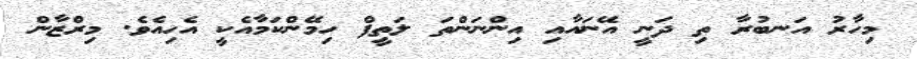
މިހާރު އަނބުރާ ތި ދަނީ އޭނައާއި އިންނަންތަ ލަތީފް ހިމޭންކަމާއެކީ އެހިއެވެ. މިރްޒާން